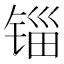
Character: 锱